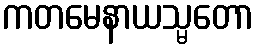
ကတမေနာယသ္မတော